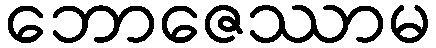
ဘောဇေဿာမ